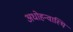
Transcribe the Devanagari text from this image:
अधोहन्वास्थि